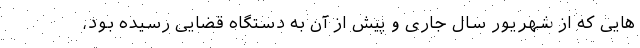
هایی که از شهریور سال جاری و پیش از آن به دستگاه قضایی رسیده بود،